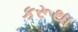
કરૂથા